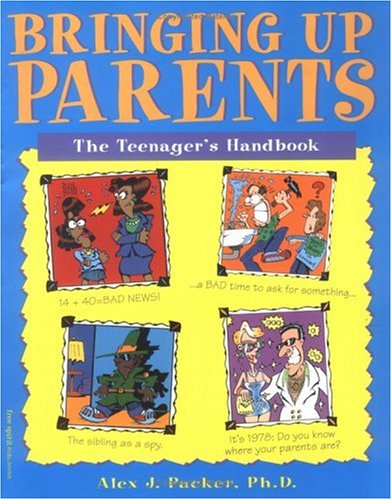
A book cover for Bringing Up Parents: The Teenager's Handbook; Alex J., PH.D. Packer; Teen & Young Adult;